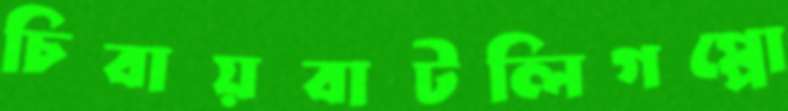
চিবায়বাটলিগপ্পো